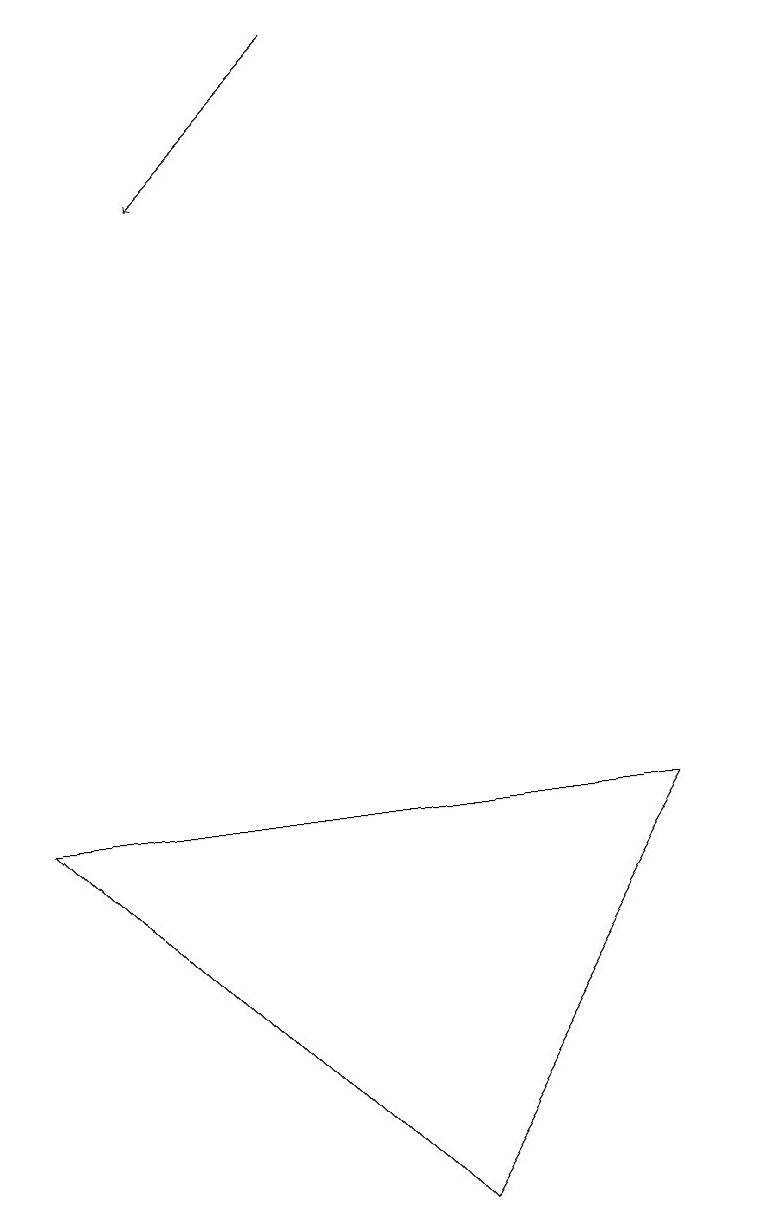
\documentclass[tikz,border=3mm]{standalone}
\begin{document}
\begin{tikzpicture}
\draw (10,12) circle (0);
\draw[->] (5,18) -- (3,16);
\draw (1,8) -- (6,3) -- (9,8) -- cycle;
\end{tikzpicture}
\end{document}